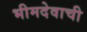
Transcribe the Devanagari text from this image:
भीमदेवाची